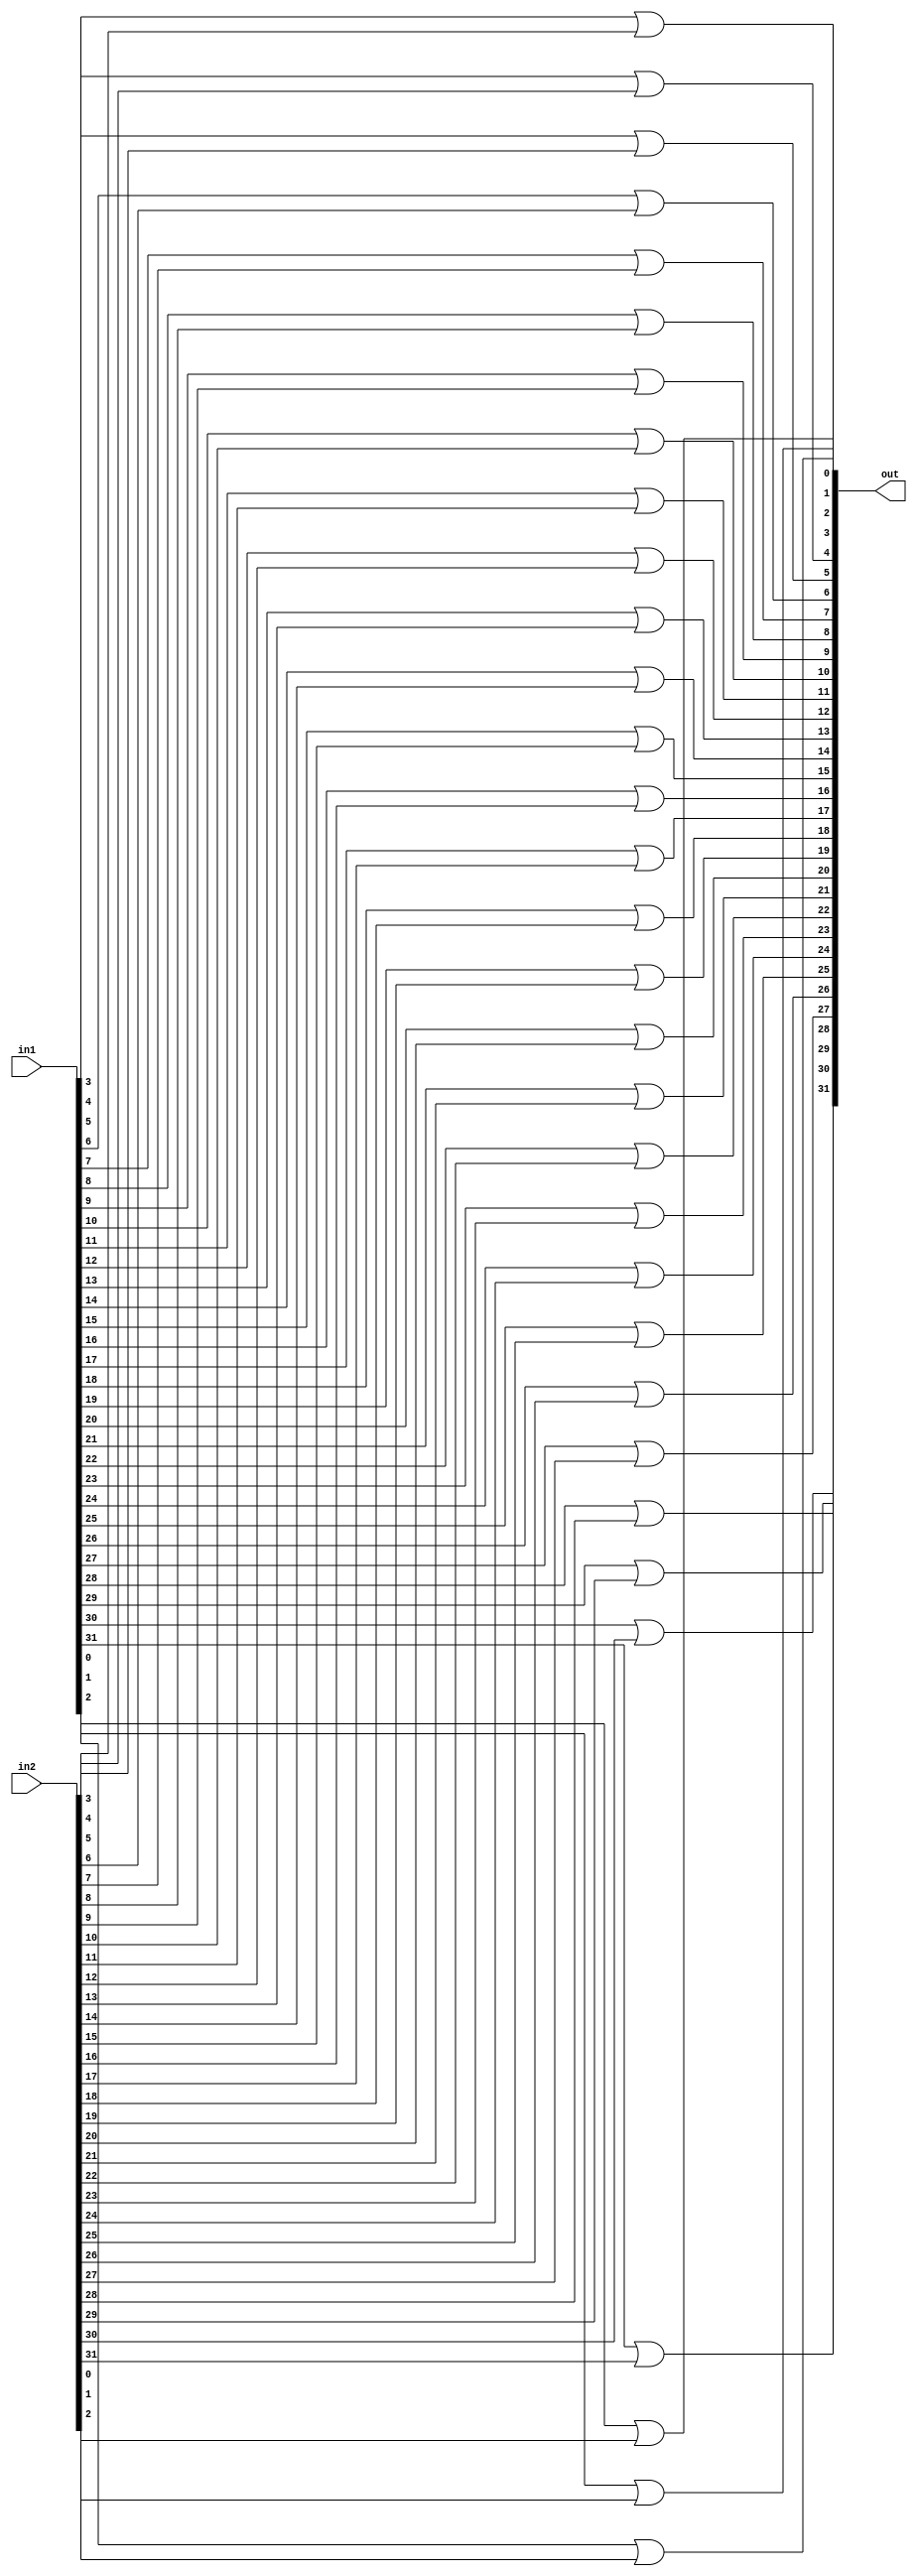
module myOr(in1, in2, out);

  input [31:0]in1;
  input [31:0]in2;
  output [31:0]out;
  
  or orgate0(out[0], in1[0], in2[0]);
  or orgate1(out[1], in1[1], in2[1]);
  or orgate2(out[2], in1[2], in2[2]);
  or orgate3(out[3], in1[3], in2[3]);
  or orgate4(out[4], in1[4], in2[4]);
  or orgate5(out[5], in1[5], in2[5]);
  or orgate6(out[6], in1[6], in2[6]);
  or orgate7(out[7], in1[7], in2[7]);
  or orgate8(out[8], in1[8], in2[8]);
  or orgate9(out[9], in1[9], in2[9]);
  or orgate10(out[10], in1[10], in2[10]);
  or orgate11(out[11], in1[11], in2[11]);
  or orgate12(out[12], in1[12], in2[12]);
  or orgate13(out[13], in1[13], in2[13]);
  or orgate14(out[14], in1[14], in2[14]);
  or orgate15(out[15], in1[15], in2[15]);
  or orgate16(out[16], in1[16], in2[16]);
  or orgate17(out[17], in1[17], in2[17]);
  or orgate18(out[18], in1[18], in2[18]);
  or orgate19(out[19], in1[19], in2[19]);
  or orgate20(out[20], in1[20], in2[20]);
  or orgate21(out[21], in1[21], in2[21]);
  or orgate22(out[22], in1[22], in2[22]);
  or orgate23(out[23], in1[23], in2[23]);
  or orgate24(out[24], in1[24], in2[24]);
  or orgate25(out[25], in1[25], in2[25]);
  or orgate26(out[26], in1[26], in2[26]);
  or orgate27(out[27], in1[27], in2[27]);
  or orgate28(out[28], in1[28], in2[28]);
  or orgate29(out[29], in1[29], in2[29]);
  or orgate30(out[30], in1[30], in2[30]);
  or orgate31(out[31], in1[31], in2[31]);
  
endmodule